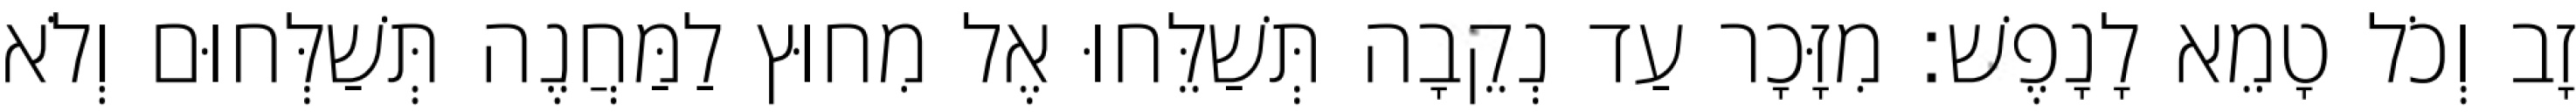
זָב וְכֹל טָמֵא לָנָפֶשׁ׃ מִזָּכָר עַד נְקֵבָה תְּשַׁלֵּחוּ אֶל מִחוּץ לַמַּחֲנֶה תְּשַׁלְּחוּם וְלֹא